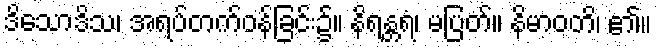
ဒိသောဒိသ၊ အရပ်တက်ဝန်ခြင်း၌။ နိရန္တရံ၊ မပြတ်။ နိမာဝတိ၊ ၏။